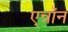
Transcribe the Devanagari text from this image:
एन्रॉन